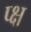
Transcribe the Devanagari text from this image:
प्क्ष